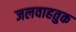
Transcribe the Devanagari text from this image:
जलवाहतुक